Leaving Certificate Examination, 1904
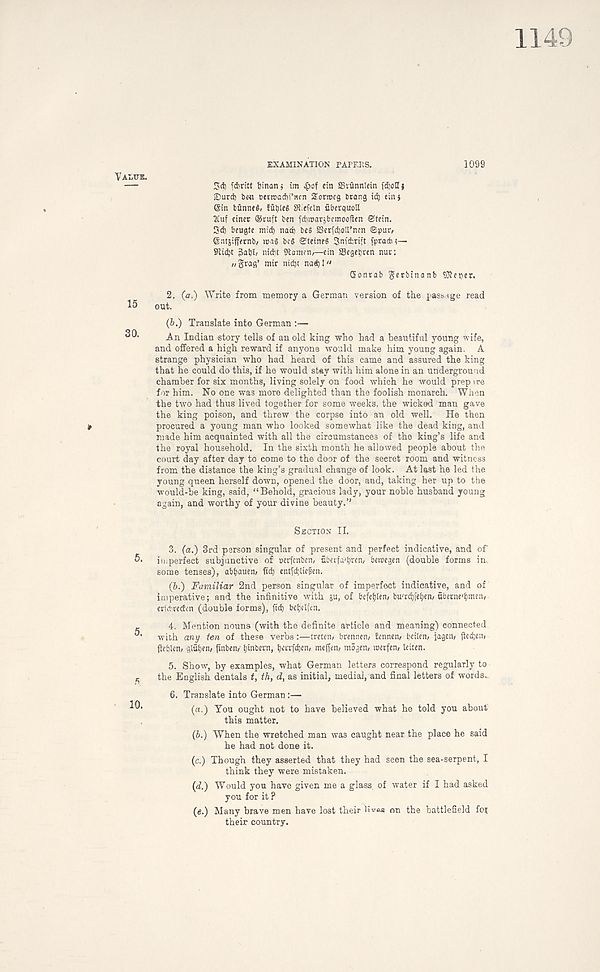
EXAMINATION rAI' F.KS.
1099
Sd) (dhritt Ijinan* tm ^>of ein S8vflnn!cin fdjollj
®urd) be« mwodii’ncn Soracg brang id) tin}
<gin bflnnf«» f&bleS SR^feln uberquoE
2Cuf einet @ruft ben idnnarjbcmooflen ©tein.
3d) beugte mid) nad) be§ SSerfdjoH’nen ©pur,
entgiffernb, wag beg ©teineg Snidbrift fpradni—
S' lidbt nicbt 9Iamen,—ein SBegeljren nur:
„grag’ mir nidjt nad)!" 6onrab gerbtnanb ?]?eper.
2. (a.) Write from memory a German version of the passage read
out.
(b.) Translate into German :—
An Indian story tells of an old king who had a beautiful young wife,
and offered a high reward if anyone would make him young again. A
strange physician who had heard of this came and assured the king
that he could do this, if he would stay with him alone in an underground
chamber for six months, living solely on food which he would prep ire
for him. No one was more delighted than the foolish monarch. When
the two had thus lived together for some weeks, the wicked man gave
the king poison, and threw the corpse into an old well. He then
procured a young man who looked somewhat like the dead king, and
made him acquainted with all the circumstances of the king’s life and
the royal household. In the sixth month he allowed people about the
court day after day to come to the door of the secret room and witness
from the distance the king’s gradual change of look. At Ust he led the
young queen herself down, opened the door, and, taking her up to the
would-be king, said, “Behold, gracious lady, your noble husband young
again, and worthy of your divine beauty.’’
Section II.
3. (a.) 3rd person singular of present and perfect indicative, and of
imperfect subjunctive of oerfcnbrn, uberfa' tjren, bemegen (double forms in.
some tenses), abbauen, fid) entfctjliefen.
(5.) Familiar 2nd person singular of imperfect indicative, and of
imperative; and the infinitive with ju, of befe()len, bu' nfjfetjen, 6berne' (imen,
en' clircdcn (double forms), fid) betjclfen.
4. Mention nouns (with the definite article and meaning) connected
with any ten of these verbs:—treten, brennen, fennen, beiten, jagcn, ftedjen,
fteblen, glutjen, finben, tjinbern, i)cirfd)en, mcff«n, mSgcn, roerfen, leiten.
5. Show, by examples, what German letters correspond regularly to
the English dentals t, th, d, as initial, medial, and final letters of words..
6. Translate into German:—
(a.) You ought not to have believed what he told you about
this matter.
(b.) When the wretched man was caught near the place he said
he had not done it.
(c.) Though they asserted that they had seen the sea-serpent, I
think they were mistaken.
(<f.) Would you have given me a glass of water if I had asked
you for it ?
(e.) Many brave men have lost their li^aa on the battlefield for
their country.